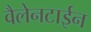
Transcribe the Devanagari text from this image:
वैलेनटाईन